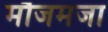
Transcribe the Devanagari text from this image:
मौजमजा